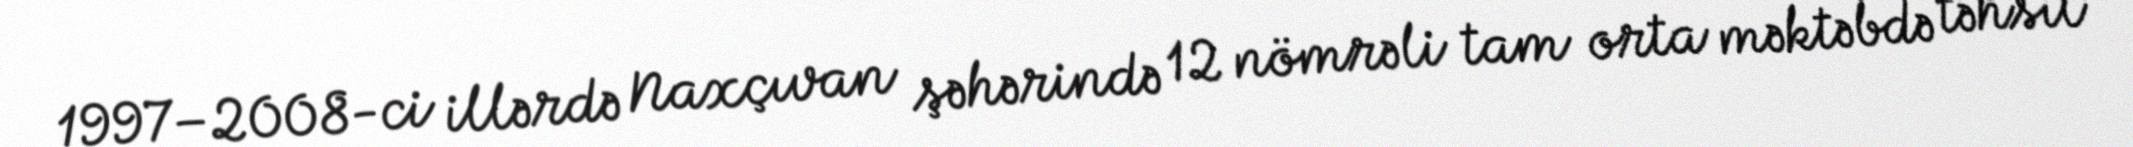
1997–2008-ci illərdə Naxçıvan şəhərində 12 nömrəli tam orta məktəbdə təhsil